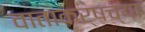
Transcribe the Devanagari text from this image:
वाताकर्षच्या